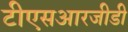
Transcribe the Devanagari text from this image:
टीएसआरजीडी